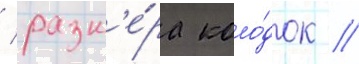
/ разм'е́ра коло́док /